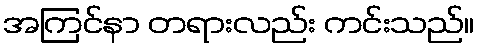
အကြင်နာ တရားလည်း ကင်းသည်။